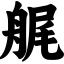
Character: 艉